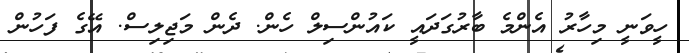
ހީވަނީ މިހާރު އެންމެ ބާރުގަދައީ ކައުންސިލް ހެން. ދެން މަޖިލިސް. އޭގެ ފަހުން